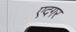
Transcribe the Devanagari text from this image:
एदगर